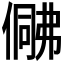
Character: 𠍟